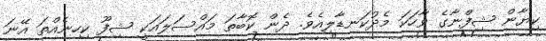
ކިޔާން ޝިފްނާގެ ވާހަކަ މެދުކަނޑާލިއެވެ. ދެން ކޮބާތަ މައްސަލައަކީ ޝިފޫ ކިހިނެއްތަ އޭނަ